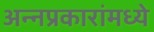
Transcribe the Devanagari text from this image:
अन्नप्रकारांमध्ये